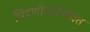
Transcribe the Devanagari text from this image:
चिटणीसविरचित